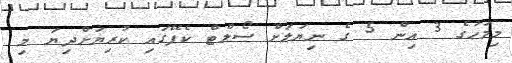
މިމަހުގެ 3 އިން 5 ގެ ނިޔަލަށް ސޯލްޓް ކެފޭގައި ކުރިޔަށްދިޔަ މި